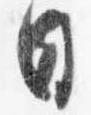
日